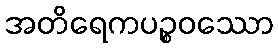
အတိရေကပဉ္စဝဿော